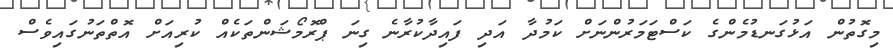
މިގޮތުން އަޅުގަނޑުމެންގެ ކަސްޓަމަރުންނަށް ކަމުދާ އަދި ފައިދާކުރާނެ ގިނަ ޕްރޮމޯޝަންތަކެއް ކުރިއަށް އޮތްތަނުގައިވެސް